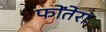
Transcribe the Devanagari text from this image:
फोंतेरा